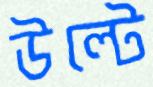
উল্টে